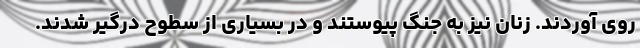
روی آوردند. زنان نیز به جنگ پیوستند و در بسیاری از سطوح درگیر شدند.